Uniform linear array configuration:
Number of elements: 16
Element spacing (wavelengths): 0.25
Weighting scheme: hann
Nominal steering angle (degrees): -30
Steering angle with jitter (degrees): -30.718
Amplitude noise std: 0.05
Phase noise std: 0.05

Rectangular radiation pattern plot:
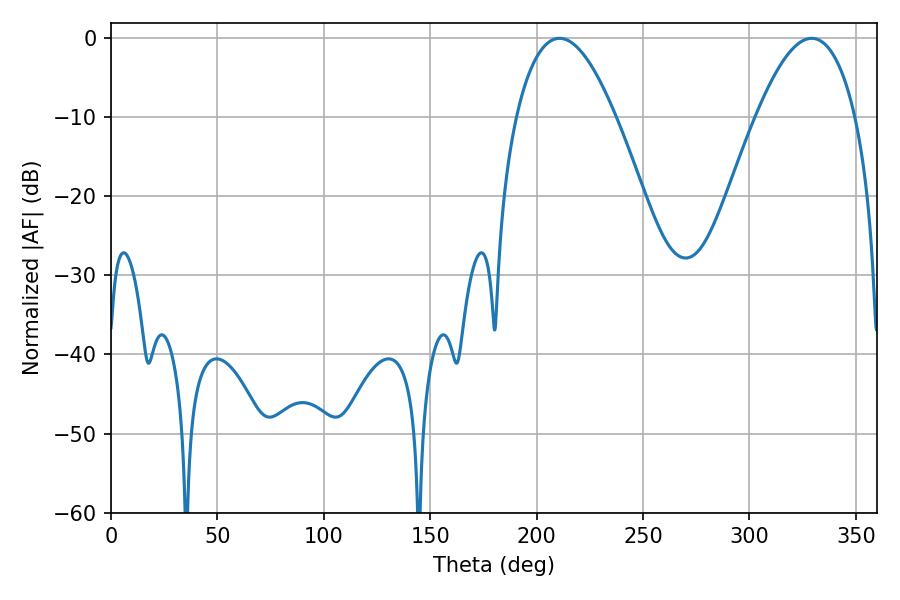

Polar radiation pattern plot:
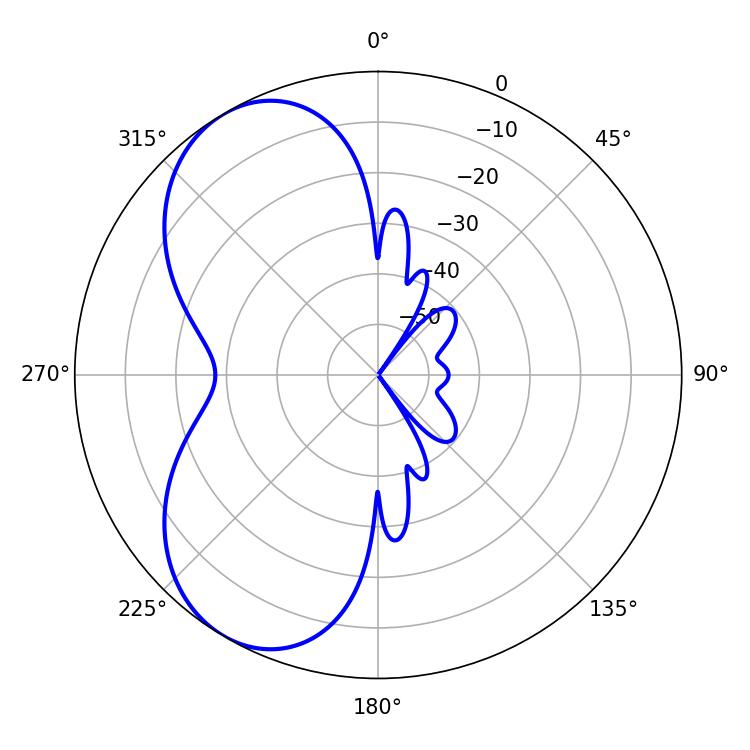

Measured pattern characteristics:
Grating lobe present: FALSE
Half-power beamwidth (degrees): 25.56
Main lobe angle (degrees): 210.78